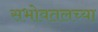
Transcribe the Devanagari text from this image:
सभोवतलच्या